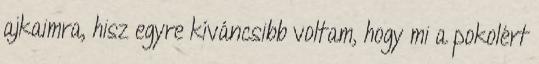
ajkaimra, hisz egyre kíváncsibb voltam, hogy mi a pokolért